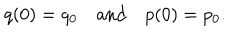
q ( 0 ) = q _ { 0 } \quad \mathrm { a n d } \quad p ( 0 ) = p _ { 0 } .